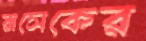
রাসেকের